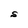
Character: S